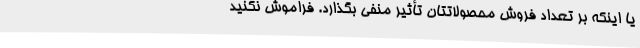
یا اینکه بر تعداد فروش محصولاتتان تأثیر منفی بگذارد. فراموش نکنید